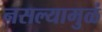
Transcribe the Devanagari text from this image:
नसल्यामुळं